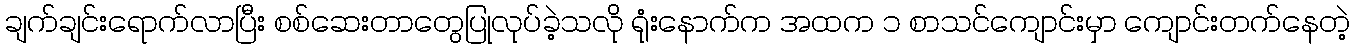
ချက်ချင်းရောက်လာပြီး စစ်ဆေးတာတွေပြုလုပ်ခဲ့သလို ရုံးနောက်က အထက ၁ စာသင်ကျောင်းမှာ ကျောင်းတက်နေတဲ့